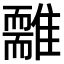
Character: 𩁃